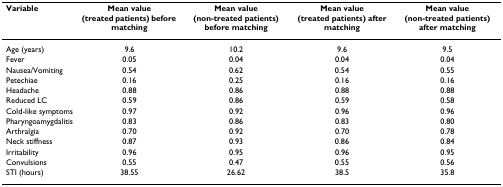
<table><thead><tr><td><b>Variable</b></td><td><b>Mean value(treated patients) before matching</b></td><td><b>Mean value(non-treated patients) before matching</b></td><td><b>Mean value(treated patients) after matching</b></td><td><b>Mean value(non-treated patients) after matching</b></td></tr></thead><tbody><tr><td>Age (years)</td><td>9.6</td><td>10.2</td><td>9.6</td><td>9.5</td></tr><tr><td>Fever</td><td>0.05</td><td>0.04</td><td>0.04</td><td>0.04</td></tr><tr><td>Nausea/Vomiting</td><td>0.54</td><td>0.62</td><td>0.54</td><td>0.55</td></tr><tr><td>Petechiae</td><td>0.16</td><td>0.25</td><td>0.16</td><td>0.16</td></tr><tr><td>Headache</td><td>0.88</td><td>0.86</td><td>0.88</td><td>0.88</td></tr><tr><td>Reduced LC</td><td>0.59</td><td>0.86</td><td>0.59</td><td>0.58</td></tr><tr><td>Cold-like symptoms</td><td>0.97</td><td>0.92</td><td>0.96</td><td>0.96</td></tr><tr><td>Pharyngoamygdalitis</td><td>0.83</td><td>0.86</td><td>0.83</td><td>0.80</td></tr><tr><td>Arthralgia</td><td>0.70</td><td>0.92</td><td>0.70</td><td>0.78</td></tr><tr><td>Neck stiffness</td><td>0.87</td><td>0.93</td><td>0.86</td><td>0.84</td></tr><tr><td>Irritability</td><td>0.96</td><td>0.95</td><td>0.96</td><td>0.95</td></tr><tr><td>Convulsions</td><td>0.55</td><td>0.47</td><td>0.55</td><td>0.56</td></tr><tr><td>STI (hours)</td><td>38.55</td><td>26.62</td><td>38.5</td><td>35.8</td></tr></tbody></table>